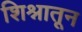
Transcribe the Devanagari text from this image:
शिश्नातून